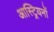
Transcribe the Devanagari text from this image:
आस्ट्रियनों